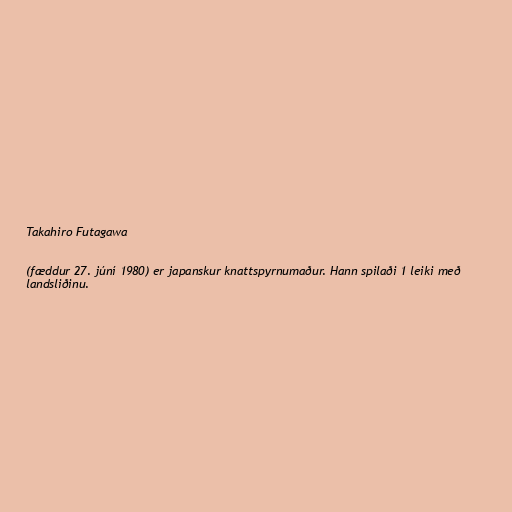
Takahiro Futagawa

(fæddur 27. júní 1980) er japanskur knattspyrnumaður. Hann spilaði 1 leiki með
landsliðinu.